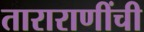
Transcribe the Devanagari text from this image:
ताराराणींची